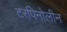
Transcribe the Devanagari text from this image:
टरपिनोलीन